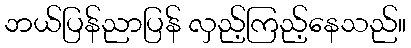
ဘယ်ပြန်ညာပြန် လှည့်ကြည့်နေသည်။